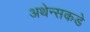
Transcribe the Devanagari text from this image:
अथेन्सकडे